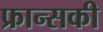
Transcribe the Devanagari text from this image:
फ्रान्सकी